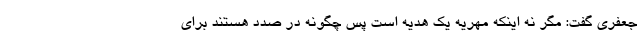
جعفری گفت: مگر نه اینکه مهریه یک هدیه است پس چگونه در صدد هستند برای